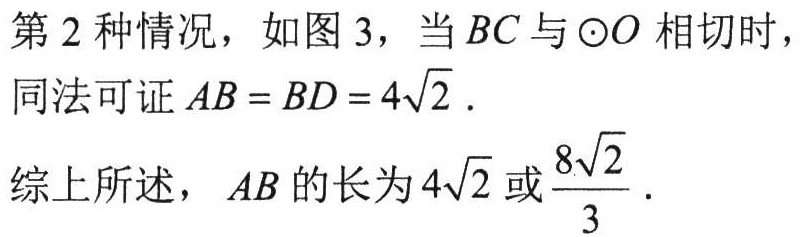
第 2 种情况，如图 3，当 \(BC\) 与 \(\odot O\) 相切时，
同法可证 \(AB = BD = 4\sqrt{2}\)．

综上所述，\(AB\) 的长为 \(4\sqrt{2}\) 或 \(\frac{8\sqrt{2}}{3}\)．